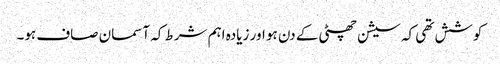
کوشش تھی کہ سیشن چھٹی کے دن ہو اور زیادہ اہم شرط کہ آسمان صاف ہو۔